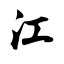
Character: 江